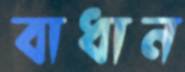
বাধান